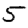
Digit: 5